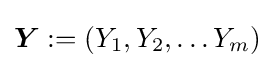
{\boldsymbol {Y}}:=(Y_{1},Y_{2},\dots Y_{m})